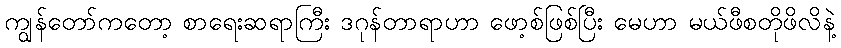
ကျွန်တော်ကတော့ စာရေးဆရာကြီး ဒဂုန်တာရာဟာ ဖော့စ်ဖြစ်ပြီး မေဟာ မယ်ဖီစတိုဖိလိနဲ့